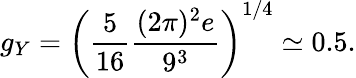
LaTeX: g_{Y}=\left({\frac{5}{16}}{\frac{(2\pi)^{2}e}{9^{3}}}\right)^{1/4}\simeq 0.5.